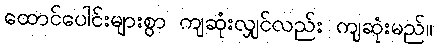
ထောင်ပေါင်းများစွာ ကျဆုံးလျှင်လည်း ကျဆုံးမည်။